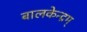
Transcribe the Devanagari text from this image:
बालकेन्द्रम्